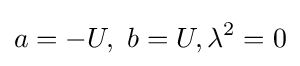
a=-U,\ b=U,\lambda ^{2}=0